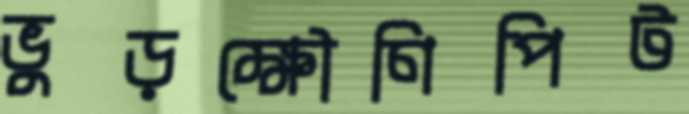
ভুড়ক্ষৌণিপিট